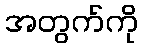
အတွက်ကို